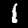
Label: 1